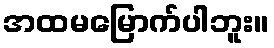
အထမမြောက်ပါဘူး။